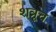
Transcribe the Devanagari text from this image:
शत्रूच